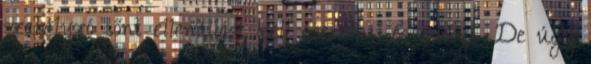
szabályzó sőnt ellenállást kell cserélni, és ennyi. De úgy